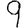
Digit: 9